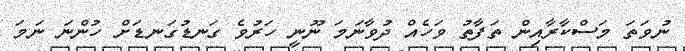
ނުވަތަ މަސްކާރާއިން ތަފާތު ވަހެއް ދުވާނަމަ ނޫނީ ހަރުވެ ގަނޑުގަނޑަށް ހުންނަ ނަމަ